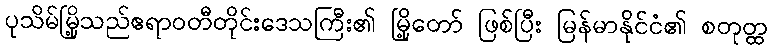
ပုသိမ်မြို့သည်ဧရာဝတီတိုင်းဒေသကြီး၏ မြို့တော် ဖြစ်ပြီး မြန်မာနိုင်ငံ၏ စတုတ္ထ